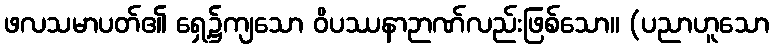
ဖလသမာပတ်၏ ရှေ့၌ကျသော ဝိပဿနာဉာဏ်လည်းဖြစ်သော။ (ပညာဟူသော